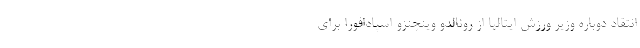
انتقاد دوباره وزیر ورزش ایتالیا از رونالدو وینچنزو اسپادافورا برای